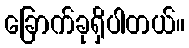
ခြောက်ခုရှိပါတယ်။